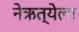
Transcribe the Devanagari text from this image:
नेऋत्येला